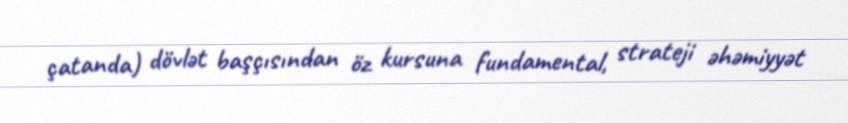
çatanda) dövlət başçısından öz kursuna fundamental, strateji əhəmiyyət